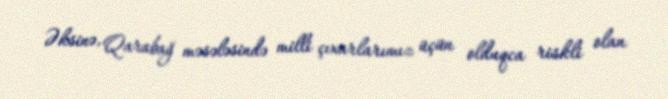
Əksinə, Qarabağ məsələsində milli çıxarlarımız üçün olduqca riskli olan